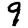
Digit: 9